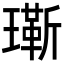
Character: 𬎔